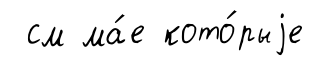
см ма́е кото́рыjе